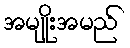
အမျိုးအမည်